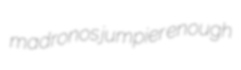
madronos jumpier enough